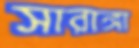
সারাঙ্গা